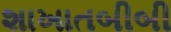
શાખાતબીબી